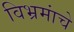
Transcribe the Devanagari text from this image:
विभ्रमांचे